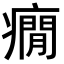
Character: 癇